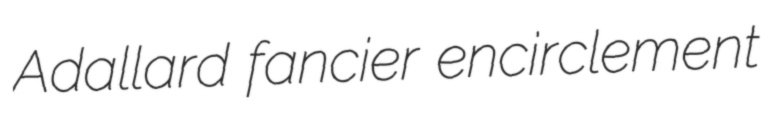
Adallard fancier encirclement